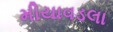
મીયાવડલા